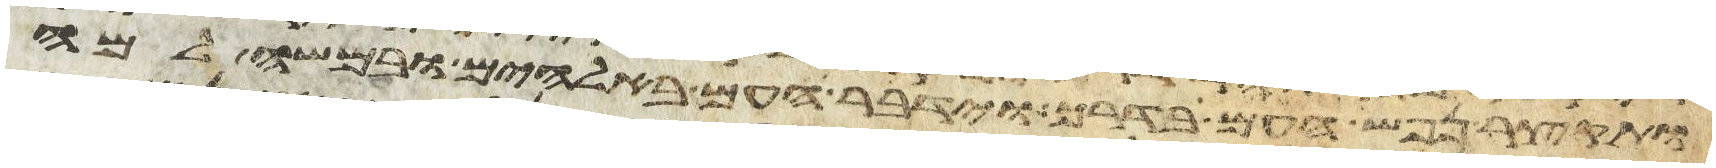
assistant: ותקצר נפש העם בדרך וידבר העם באלהים ובמשה למה